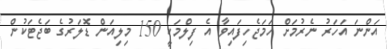
އަންނަ އަހަރު ނެރުމަށް ހަމަޖެހިފައިވާ އެ ފިލްމަކީ 150 މިލިއަން ޑޮލަރުގެ ބަޖެޓަކުން